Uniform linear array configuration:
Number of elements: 32
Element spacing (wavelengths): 1
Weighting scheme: hamming
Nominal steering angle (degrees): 45
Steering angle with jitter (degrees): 43.667
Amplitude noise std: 0.05
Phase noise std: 0.05

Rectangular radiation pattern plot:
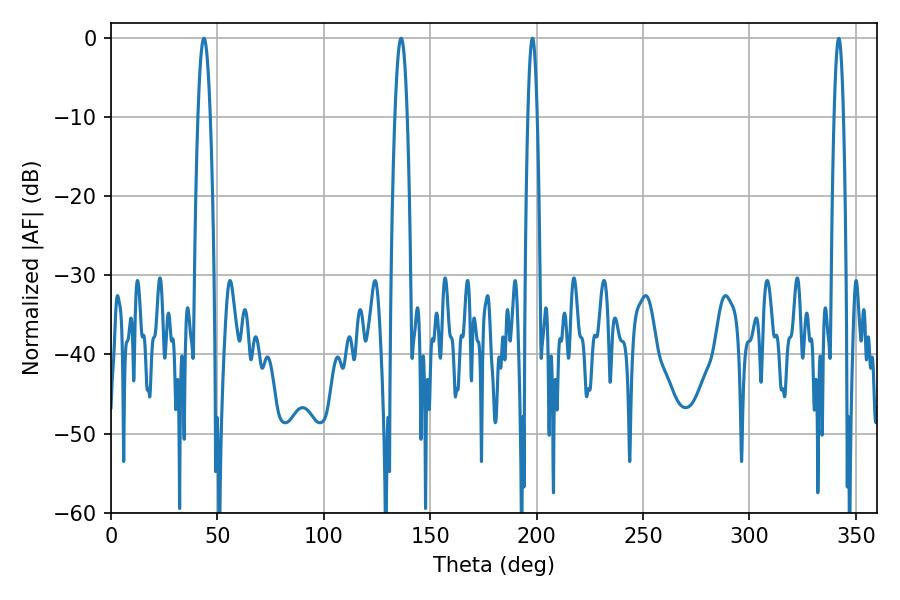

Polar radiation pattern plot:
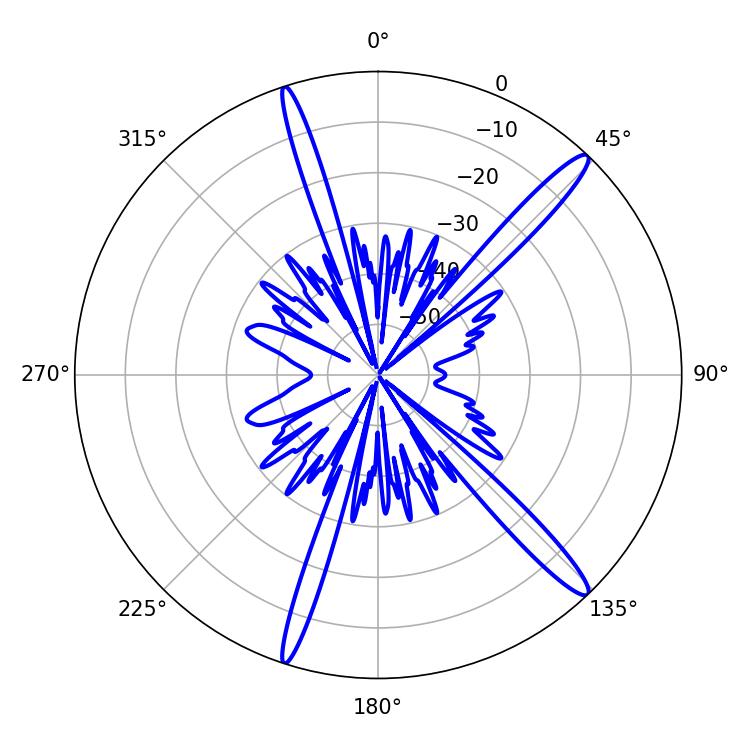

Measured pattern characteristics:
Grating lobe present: TRUE
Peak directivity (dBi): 15.604
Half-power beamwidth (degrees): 2.34
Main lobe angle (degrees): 342